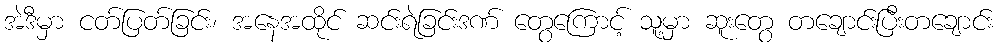
အဲဒီမှာ ငတ်ပြတ်ခြင်း၊ အနေအထိုင် ဆင်းရဲခြင်းဒဏ် တွေကြောင့် သူ့မှာ ဆူးတွေ တချောင်းပြီးတချောင်း